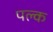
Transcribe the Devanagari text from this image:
पल्क